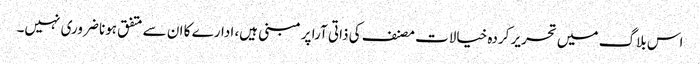
اس بلاگ میں تحریر کردہ خیالات مصنف کی ذاتی آرا پر مبنی ہیں، ادارے کا ان سے متفق ہونا ضروری نہیں۔